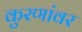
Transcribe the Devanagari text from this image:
कुरणांवर